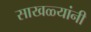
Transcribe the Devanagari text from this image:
साखळ्यांनी